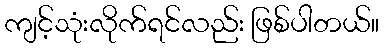
ကျင့်သုံးလိုက်ရင်လည်း ဖြစ်ပါတယ်။